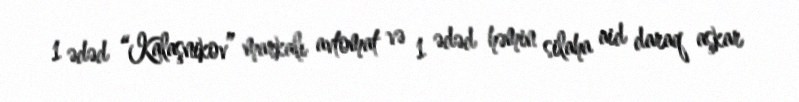
1 ədəd “Kalaşnikov” markalı avtomat və 1 ədəd həmin silaha aid daraq aşkar